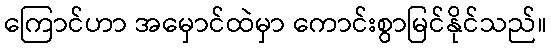
ကြောင်ဟာ အမှောင်ထဲမှာ ကောင်းစွာမြင်နိုင်သည်။